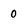
Character: 0